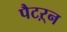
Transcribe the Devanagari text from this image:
पैटऱ्न